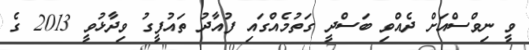
ވީ ނިވްސްއަށް ދެއްވި ބަސްދީ ގަތުމެއްގައި ފުއާދު ތައުފީގު ވިދާޅުވީ 2013 ގެ